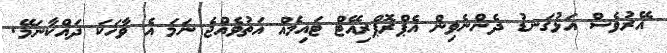
އޭރުވެސް އަޅުގަނޑު ދެންނެވިން އެޕްރޮޕްރިއޭޓް ޓައިމެއް އަތުވެއްޖެ ނަމަ އެ ވާހަކަ ދައްކާނަމޭ.